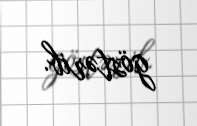
göstərib.